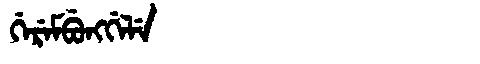
Manchu: ᡤᡝᡵᡝᠮᠪᡠᠩᡤᡝᠯᡝ
Romanization: GEREMBUNGGELE